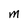
Character: M